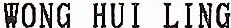
WONG HUI LING